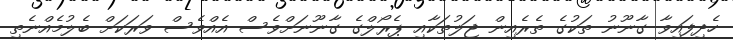
ހެދިފައިވާ ގާނޫނު ތަކުގެ ތެރެއިން ޖަލުތަކާއި ޕެރޯލްގެ ގާނޫނަށްވެސް އެއްވެސް ވަރަކަށް ބެލުމެއްނެތި